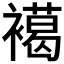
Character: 𧝶